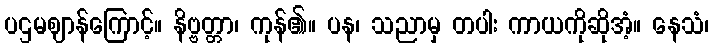
ပဌမဈာန်ကြောင့်။ နိဗ္ဗတ္တာ၊ ကုန်၏။ ပန၊ သညာမှ တပါး ကာယကိုဆိုအံ့။ နေသံ၊